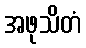
အဖုသိတံ